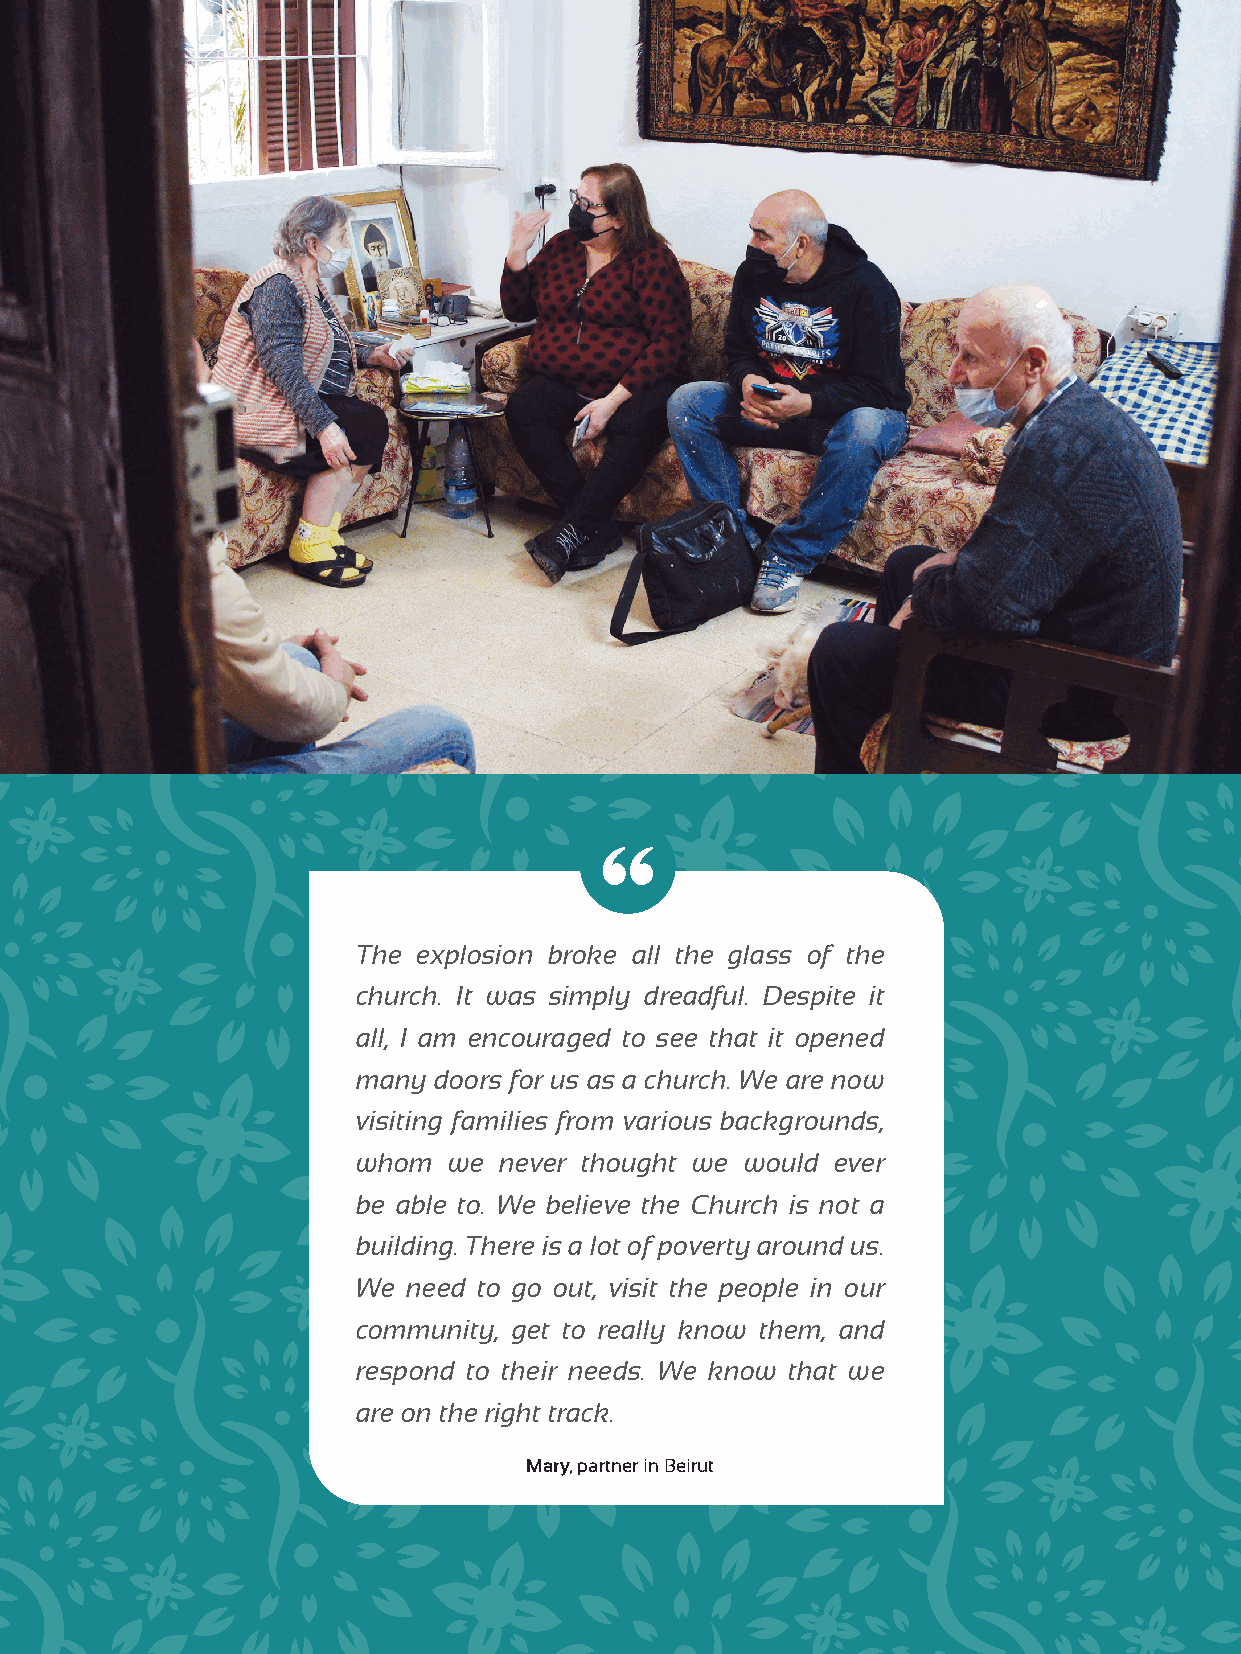
The explosion broke all the glass of the
 church. It was simply dreadful. Despite it
 all, I am encouraged to see that it opened
 many doors for us as a church. We are now
 visiting families from various backgrounds,
 whom  we never thought we would ever
 be able to. We believe the Church is not a
 building. There is a lot of poverty around us.
 We need to go out, visit the people in our
 community, get to really know them, and
 respond to their needs. We know that we
 are on the right track.
 Mary, partner in Beirut